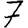
Digit: 7